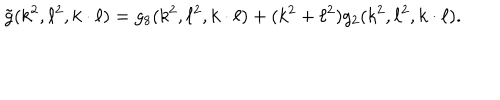
LaTeX: \tilde { g } ( k ^ { 2 } , \ell ^ { 2 } , k \cdot \ell ) = g _ { 8 } ( k ^ { 2 } , \ell ^ { 2 } , k \cdot \ell ) + ( k ^ { 2 } + \ell ^ { 2 } ) g _ { 2 } ( k ^ { 2 } , \ell ^ { 2 } , k \cdot \ell ) .